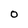
Character: O